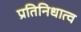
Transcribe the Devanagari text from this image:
प्रतिनिधात्व